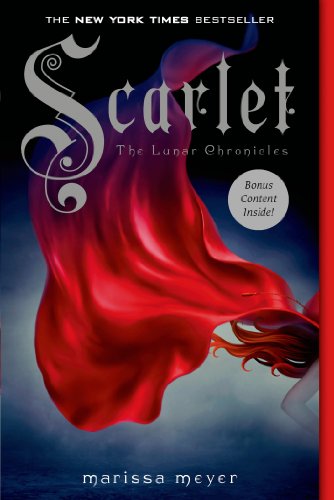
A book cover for Scarlet (Lunar Chronicles, Book 2) (The Lunar Chronicles); Marissa Meyer; Teen & Young Adult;